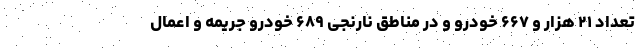
تعداد ۲۱ هزار و ۶۶۷ خودرو و در مناطق نارنجی ۶۸۹ خودرو جریمه و اعمال